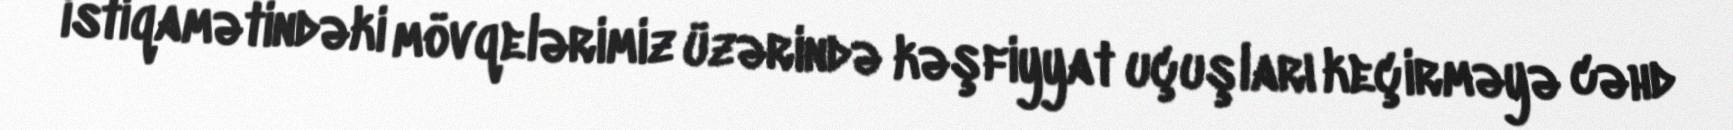
istiqamətindəki mövqelərimiz üzərində kəşfiyyat uçuşları keçirməyə cəhd